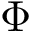
\Phi